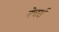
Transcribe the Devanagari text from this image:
नेचर्स